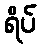
ရိပ်